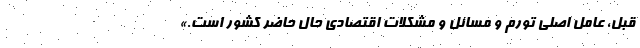
قبل، عامل اصلی تورم و مسائل و مشکلات اقتصادی حال حاضر کشور است.»